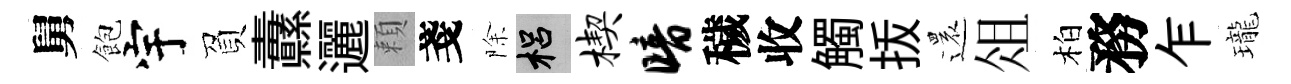
舅飽宇負纛邐頼戔除梠楔暗穢收觸㧞還俎柏務乍瓏